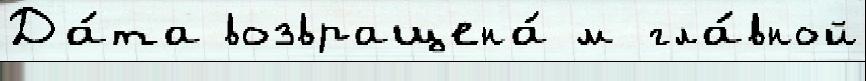
Да́та возвращена́ м гла́вной